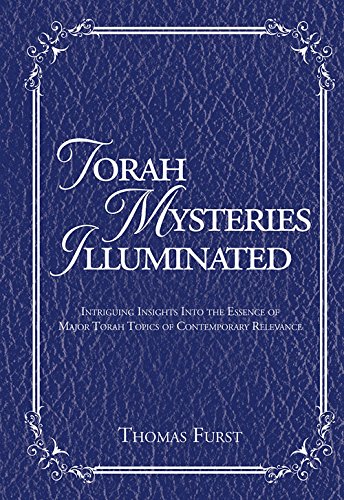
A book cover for Torah Mysteries Illuminated: Intriguing Insights into the Essence of Major Torah Topics of Contemporary Relevance; Thomas Furst; Religion & Spirituality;